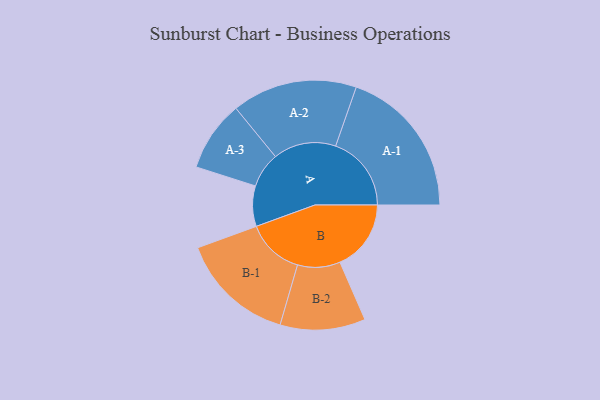
{"axis": {"x": "Segment", "y": "Value"}, "legend": ["", "A", "B"], "data": [{"x": "A", "y": 149, "type": ""}, {"x": "B", "y": 262, "type": ""}, {"x": "A-1", "y": 279, "type": "A"}, {"x": "A-2", "y": 231, "type": "A"}, {"x": "A-3", "y": 130, "type": "A"}, {"x": "B-1", "y": 212, "type": "B"}, {"x": "B-2", "y": 157, "type": "B"}]}